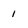
Character: 1